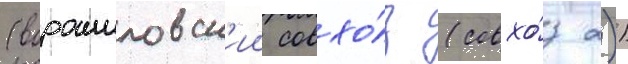
(ворошиловск'ии совхо́з (совхо́з 2))